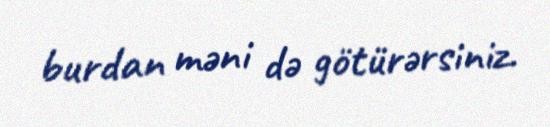
burdan məni də götürərsiniz.